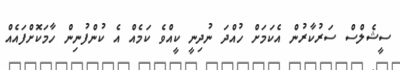
ސީޝެލްސް ސަރުކާރުން އެކަމަށް ހުއްދަ ނުދިނީ ކީއްވެ ކަމެއް އެ ކުންފުނިން ހާމަކޮށްފައެއް